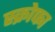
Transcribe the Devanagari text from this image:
स्क्रोफा